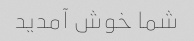
شما خوش آمدید